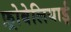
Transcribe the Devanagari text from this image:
फ़्रोबेलियाई